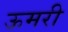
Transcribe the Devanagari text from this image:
ऊमरी